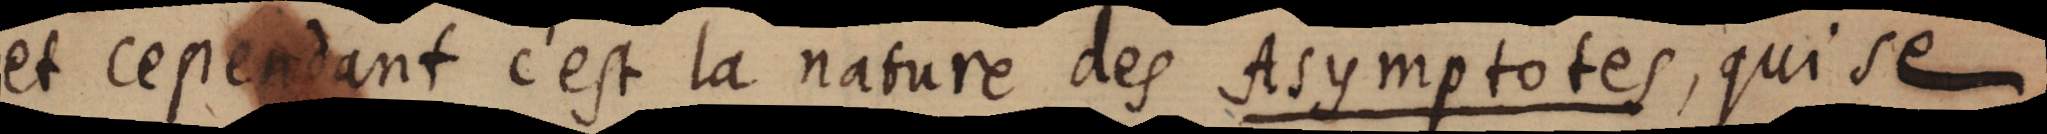
et cepedant c’est la nature des Asymptotes, qui se